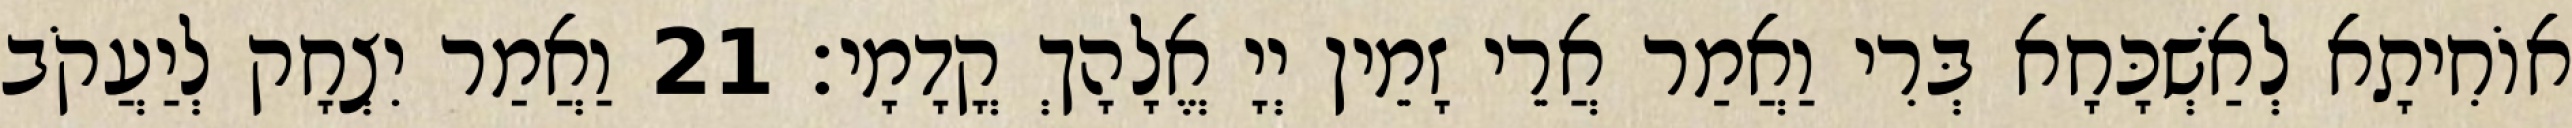
אוֹחִיתָא לְאַשְׁכָּחָא בְּרִי וַאֲמַר אֲרֵי זָמֵין יְיָ אֱלָהָךְ קֳדָמָי׃ 21 וַאֲמַר יִצְחָק לְיַעֲקֹב